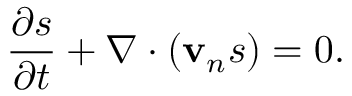
\frac { \partial s } { \partial t } + \nabla \cdot ( { \bf v } _ { n } s ) = 0 .